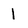
Character: 1